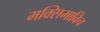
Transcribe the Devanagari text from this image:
मक्सिमाविच